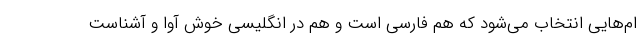
ام‌هایی انتخاب می‌شود که هم فارسی است و هم در انگلیسی خوش آوا و آشناست